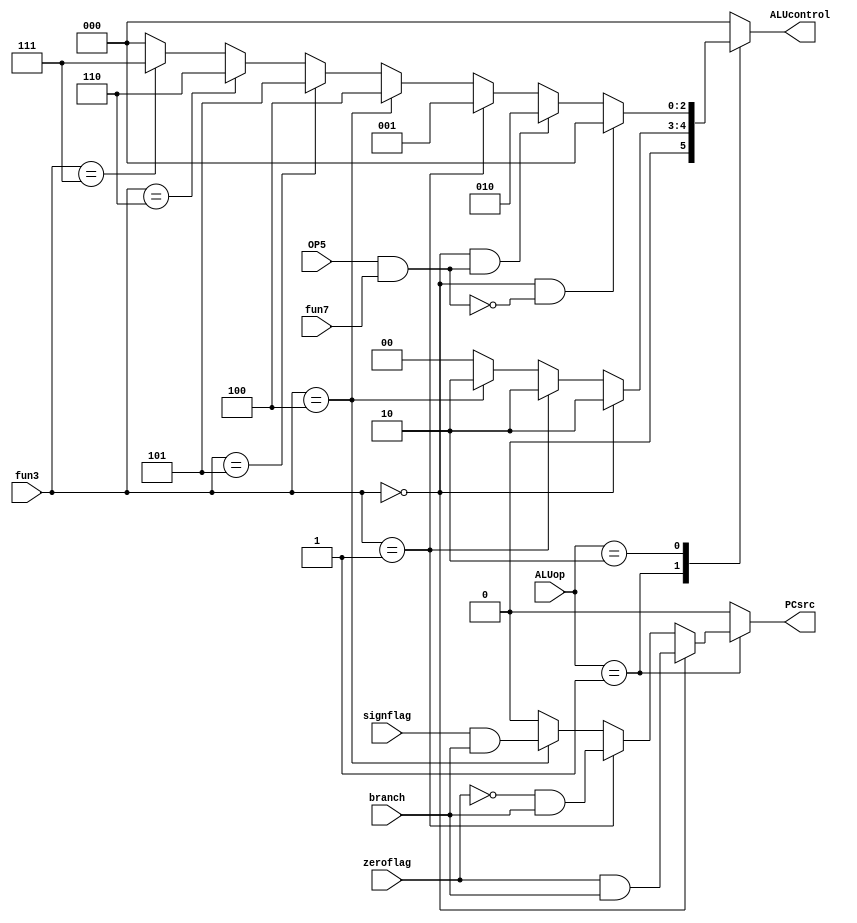
module ALUdec(
    input [1:0] ALUop,
    input [2:0] fun3, 
    input OP5  ,fun7 ,zeroflag,signflag,
    output reg [2:0] ALUcontrol,
    output reg PCsrc,
    input wire branch
);

always@(*) begin
    PCsrc=0;
    case(ALUop)
    2'b00: ALUcontrol=000;

    2'b01: begin
        if(fun3==3'b000) begin 
            ALUcontrol=3'b010;
            PCsrc=(zeroflag & branch);
        end
        else if(fun3==3'b001)begin 
            ALUcontrol=3'b010;
            PCsrc= (~(zeroflag) & branch);
        end
        else if(fun3==3'b100) begin 
            ALUcontrol=3'b010;
            PCsrc=(signflag & branch);
        end
        else begin PCsrc=0; ALUcontrol=0; end
    end

    2'b10: begin
        if(fun3==3'b000 && ~(OP5&fun7)) ALUcontrol=3'b000;
        else if(fun3==3'b000 && (OP5&fun7)) ALUcontrol=3'b010;
        else if(fun3==3'b001) ALUcontrol=3'b001;
        else if(fun3==3'b100) ALUcontrol=3'b100;
        else if(fun3==3'b101) ALUcontrol=3'b101;
        else if(fun3==3'b110) ALUcontrol=3'b110;
        else if(fun3==3'b111) ALUcontrol=3'b111;
        else ALUcontrol=0;
    end
    
    default: begin ALUcontrol=0; PCsrc=0; end

endcase
end
endmodule